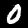
Digit: 0